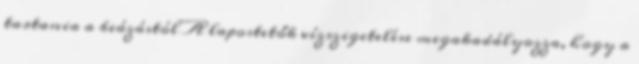
tartania a beázástól A lapostetők vízszigetelése megakadályozza, hogy a